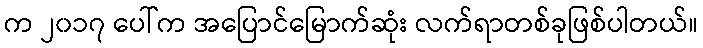
က ၂၀၁၇ ပေါ်က အပြောင်မြောက်ဆုံး လက်ရာတစ်ခုဖြစ်ပါတယ်။